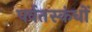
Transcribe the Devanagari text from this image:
पर्वतस्कंधों